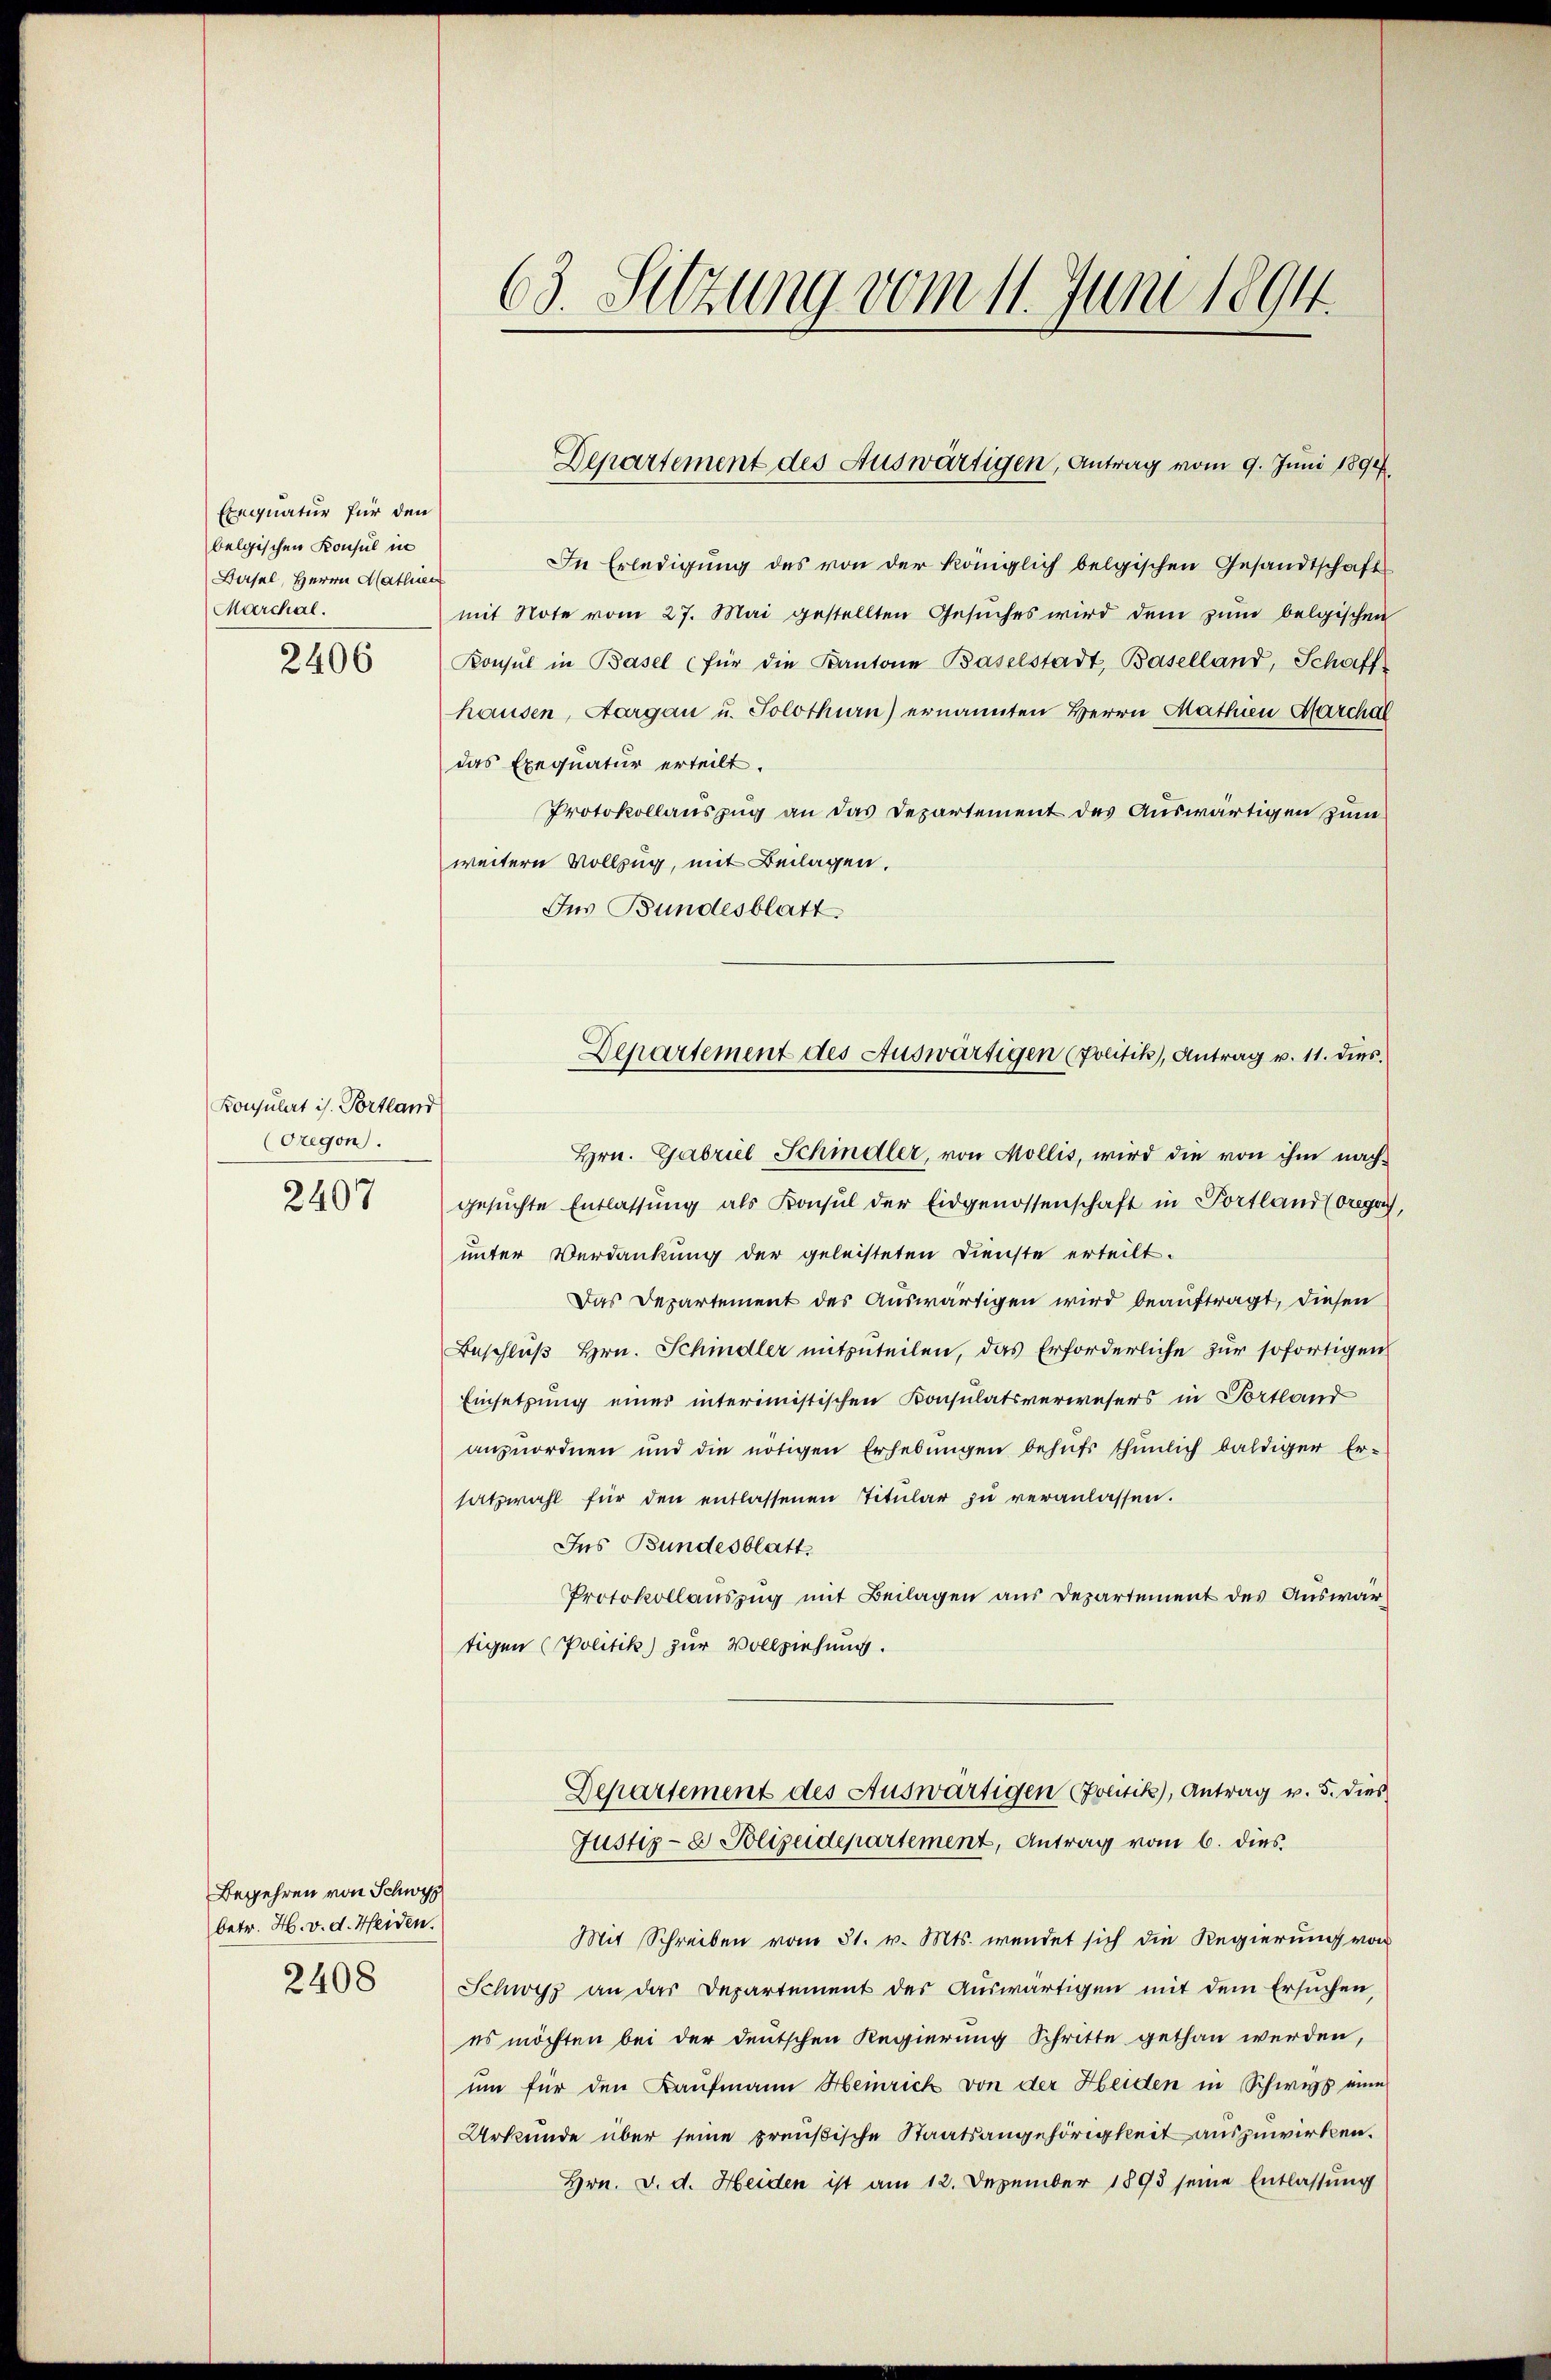
Exequatur für den
belgischen Konsul in
Basel, Herrn Mathien
Marchal.
2406

Konsulat ist. Portland
(Gregon
2407

Begehren von Schwyz
betr. H. v. d. Heiden.
2408

In Erledigung des von der königlich belgischen Gesandtschaft
mit Note vom 27. Mai gestellten Gesuches wird dem zum belgischen
Konsul in Basel (für die Kantone Baselstadt, Baselland, Schaff-
hausen, Aargau u. Solothurn) ernannten Herrn Mathien Marchal
das Exequatur erteilt.
Protokollauszug an das Departement des Auswärtigen zum
weitern Vollzug, mit Beilagen.
Jus Bundesblatt
Hrn. Gabrul Schindler, von Mollis, wird die von ihm nach-
gesuchte Entlassung als Konsul der Eidgenossenschaft in Portland (oregal,
unter Verdankung der geleisteten Dienste erteilt.
Das Departement des Auswärtigen wird beauftragt, diesen
Beschluß Hrn. Schindler mitzuteilen, das Erforderliche zur sofortigen
Einsetzung eines interimistischen Konsulatsverwesers in Portland
anzuordnen und die nötigen Erhebungen behufs thunlich baldiger Er-
satzwahl für den entlassenen Titular zu veranlassen.
Ins Bundesblatt
Protokollauszug mit Beilagen aus Departement des Auswärtigen (Politik) zur Vollziehung.

63. Sitzung vom 11. Juni 1894.

Departement des Auswärtigen, Antrag vom 9. Juni 1890

Departement des Auswärtigen (Politik, Antrag v. 11. dies

Mit Schreiben vom 31. v. Mts. wendet sich die Regierung von
Schwyz an das Departement des Auswärtigen mit dem Ersuchen,
es möchten bei der deutschen Regierung Schritte gethan werden,
um für den Kaufmann Heinrick von der Heiden in Schwegs eine
Urkunde über seine preußische Staatsangehörigkeit auszuwirken.
Hrn. v. d. Heiden ist am 12. Dezember 1898 seine Entlassung

Departement des Auswärtigen Politik), Antrag v. 5. dies
Justiz- & Polizeidepartement, Antrag vom 6. dies